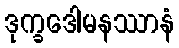
ဒုက္ခဒေါမနဿာနံ